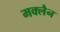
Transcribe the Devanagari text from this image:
मक्लैन